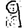
Digit: 9